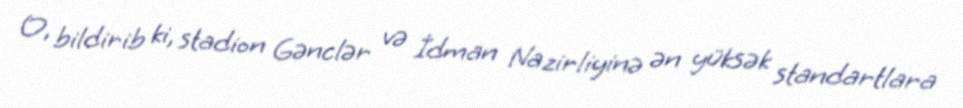
O, bildirib ki, stadion Gənclər və İdman Nazirliyinə ən yüksək standartlara